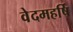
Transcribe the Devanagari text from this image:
वेदमहर्षि